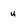
Character: u